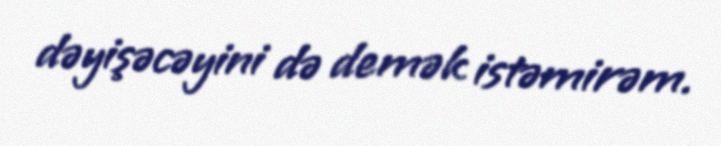
dəyişəcəyini də demək istəmirəm.